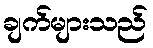
ချက်များသည်